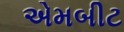
એમબીટ